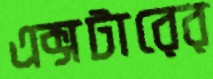
এক্সটারের